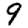
Digit: 9